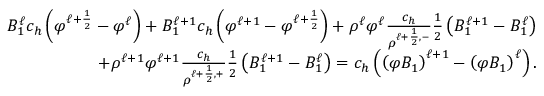
\begin{array} { r } { B _ { 1 } ^ { \ell } c _ { h } \left( \varphi ^ { \ell + \frac { 1 } { 2 } } - \varphi ^ { \ell } \right) + B _ { 1 } ^ { \ell + 1 } c _ { h } \left( \varphi ^ { \ell + 1 } - \varphi ^ { \ell + \frac { 1 } { 2 } } \right) + \rho ^ { \ell } \varphi ^ { \ell } \frac { c _ { h } } { \rho ^ { \ell + \frac { 1 } { 2 } , - } } \frac { 1 } { 2 } \left( B _ { 1 } ^ { \ell + 1 } - B _ { 1 } ^ { \ell } \right) } \\ { + \rho ^ { \ell + 1 } \varphi ^ { \ell + 1 } \frac { c _ { h } } { \rho ^ { \ell + \frac { 1 } { 2 } , + } } \frac { 1 } { 2 } \left( B _ { 1 } ^ { \ell + 1 } - B _ { 1 } ^ { \ell } \right) = c _ { h } \left( \left( \varphi B _ { 1 } \right) ^ { \ell + 1 } - \left( \varphi B _ { 1 } \right) ^ { \ell } \right) . } \end{array}